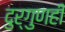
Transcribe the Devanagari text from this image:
दुर्गुणही